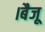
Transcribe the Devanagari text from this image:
।बैजू